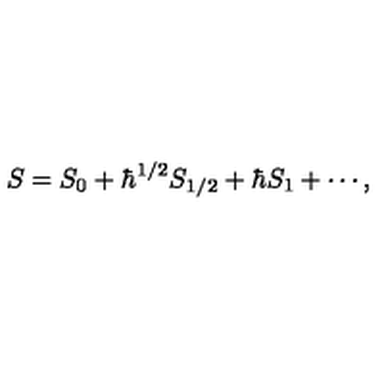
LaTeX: S = S _ { 0 } + \hbar ^ { 1 / 2 } S _ { 1 / 2 } + \hbar S _ { 1 } + \cdots ,